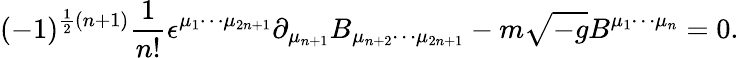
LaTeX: (-1)^{\frac 12(n+1)}{\frac{1}{n!}}\epsilon^{\mu_{1}\cdots\mu_{2n+1}}\partial_{\mu_{n+1}}B_{\mu_{n+2}\cdots\mu_{2n+1}}-m\sqrt{-g}B^{\mu_{1}\cdots\mu_{n}}=0.